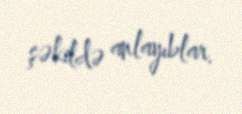
şəkildə anlayıblar.